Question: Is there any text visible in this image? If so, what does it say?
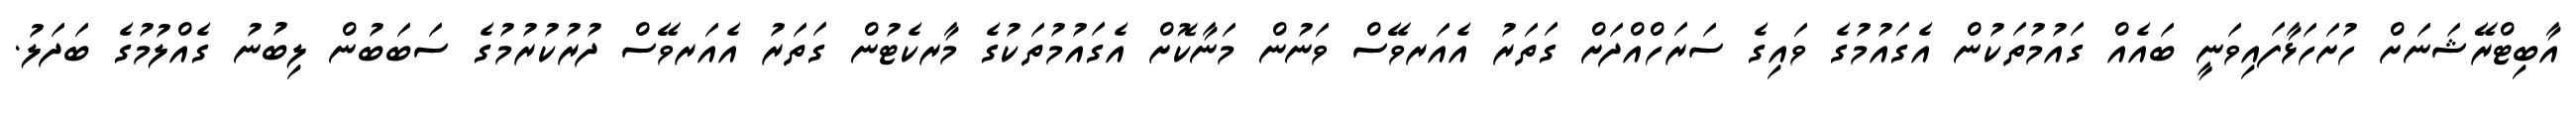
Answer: އާބިޓްރޭޝަނަށް ހުށަހަޅާފައިވަނީ ބައެއް ގައުމުތަކުން އެގައުމުގެ ވައިގެ ސަރަހްއްދަށް ގަތަރު އެއަރވޭސް ވަނުން މަނާކޮށް އެގައުމުތަކުގެ މާރކެޓުން ގަތަރު އެއަރވޭސް ދުރުކުރުމުގެ ސަބަބުން ލިބުނު ގެއްލުމުގެ ބަދަލު.